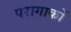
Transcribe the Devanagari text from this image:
परागाकों